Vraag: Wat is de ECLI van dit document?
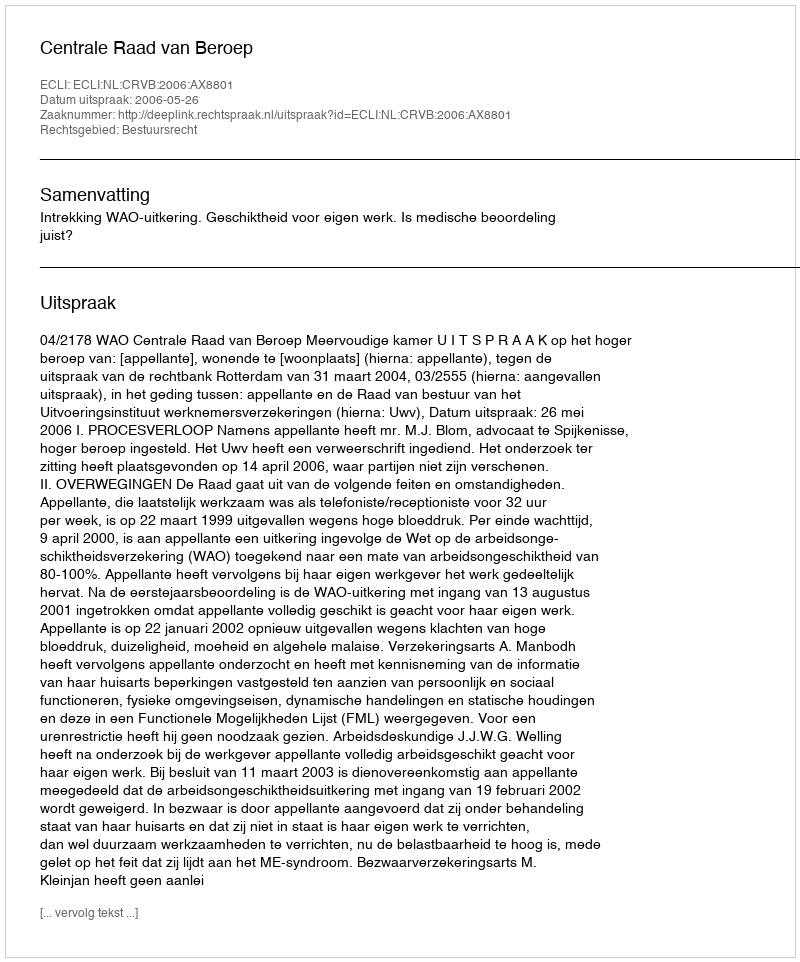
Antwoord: ECLI:NL:CRVB:2006:AX8801